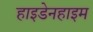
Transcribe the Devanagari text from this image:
हाइडेनहाइम